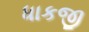
ધાકજી